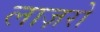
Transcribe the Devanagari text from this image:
लाज़रो